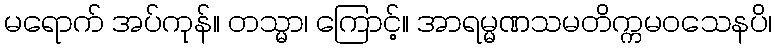
မရောက် အပ်ကုန်။ တသ္မာ၊ ကြောင့်။ အာရမ္မဏသမတိက္ကမဝသေနပိ၊